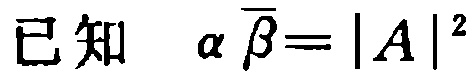
已知 \(\alpha \overline{\beta}=|A|^{2}\)